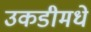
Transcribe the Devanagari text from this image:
उकडीमधे